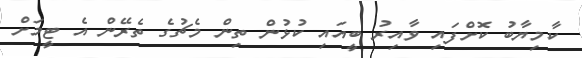
ކާމިޔާބު ކޮށްފައި ވާއިރު ބީއައި ކުޅުން ތިން މެޗުގެ ތެރޭން އެ ޓީމަށް